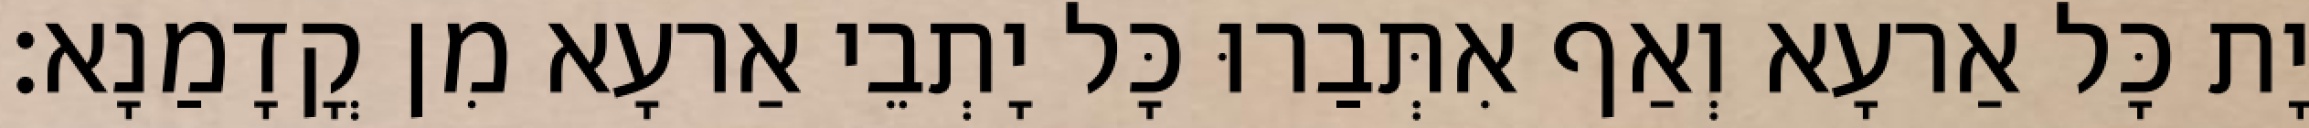
יָת כָּל אַרעָא וְאַף אִתְּבַרוּ כָּל יָתְבֵי אַרעָא מִן קֳדָמַנָא׃